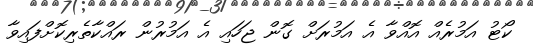
ކޯޓު އަމުރެއް އޮއްވާ އެ އަމުރަށް ގޮން ޖަހައި އެ އަމުރުން ރައްކާތެރިކޮށްފައިވާ